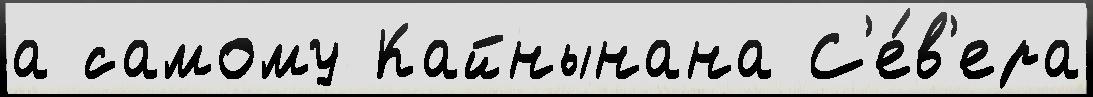
а самому Кайнынана С'е́в'ера